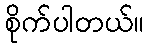
စိုက်ပါတယ်။